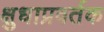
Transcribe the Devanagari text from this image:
क्षुधाप्रवर्तक